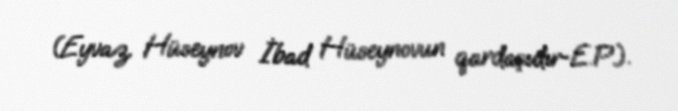
(Eyvaz Hüseynov İbad Hüseynovun qardaşıdır-E.P.).